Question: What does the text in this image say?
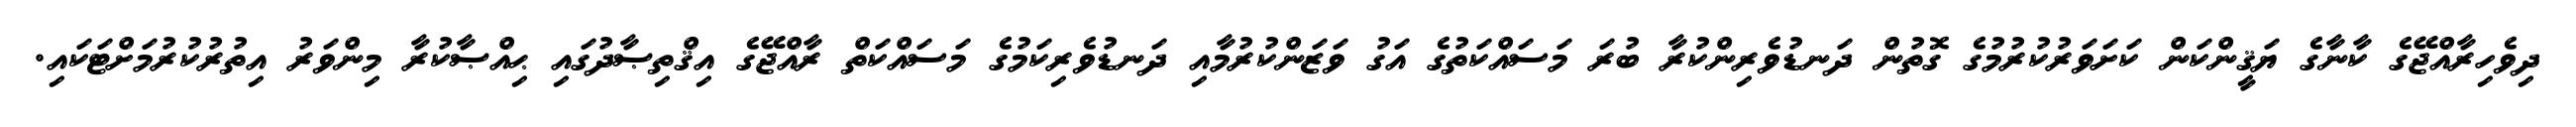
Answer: ދިވެހިރާއްޖޭގެ ކާނާގެ ޔަޤީންކަން ކަށަވަރުކުރުމުގެ ގޮތުން ދަނޑުވެރިންކުރާ ބުރަ މަސައްކަތުގެ އަގު ވަޒަންކުރުމާއި ދަނޑުވެރިކަމުގެ މަސައްކަތް ރާއްޖޭގެ އިޤްތިޞާދުގައި ޙިއްޞާކުރާ މިންވަރު އިތުރުކުރުމަށްޓަކައި.